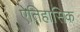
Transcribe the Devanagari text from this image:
ऐतिहासिक